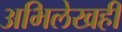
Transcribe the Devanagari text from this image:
अभिलेखही